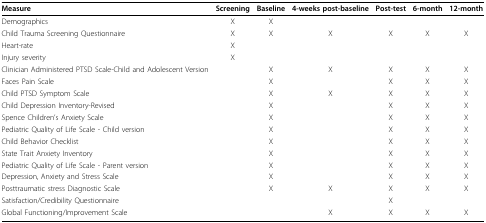
<table><thead><tr><td><b>Measure</b></td><td><b>Screening</b></td><td><b>Baseline</b></td><td><b>4-weeks post-baseline</b></td><td><b>Post-test</b></td><td><b>6-month</b></td><td><b>12-month</b></td></tr></thead><tbody><tr><td>Demographics</td><td>X</td><td>X</td><td></td><td></td><td></td><td></td></tr><tr><td>Child Trauma Screening Questionnaire</td><td>X</td><td>X</td><td>X</td><td>X</td><td>X</td><td>X</td></tr><tr><td>Heart-rate</td><td>X</td><td></td><td></td><td></td><td></td><td></td></tr><tr><td>Injury severity</td><td>X</td><td></td><td></td><td></td><td></td><td></td></tr><tr><td>Clinician Administered PTSD Scale-Child and Adolescent Version</td><td></td><td>X</td><td>X</td><td>X</td><td>X</td><td>X</td></tr><tr><td>Faces Pain Scale</td><td></td><td>X</td><td></td><td>X</td><td>X</td><td>X</td></tr><tr><td>Child PTSD Symptom Scale</td><td></td><td>X</td><td>X</td><td>X</td><td>X</td><td>X</td></tr><tr><td>Child Depression Inventory-Revised</td><td></td><td>X</td><td></td><td>X</td><td>X</td><td>X</td></tr><tr><td>Spence Children&#x27;s Anxiety Scale</td><td></td><td>X</td><td></td><td>X</td><td>X</td><td>X</td></tr><tr><td>Pediatric Quality of Life Scale - Child version</td><td></td><td>X</td><td></td><td>X</td><td>X</td><td>X</td></tr><tr><td>Child Behavior Checklist</td><td></td><td>X</td><td></td><td>X</td><td>X</td><td>X</td></tr><tr><td>State Trait Anxiety Inventory</td><td></td><td>X</td><td></td><td>X</td><td>X</td><td>X</td></tr><tr><td>Pediatric Quality of Life Scale - Parent version</td><td></td><td>X</td><td></td><td>X</td><td>X</td><td>X</td></tr><tr><td>Depression, Anxiety and Stress Scale</td><td></td><td>X</td><td></td><td>X</td><td>X</td><td>X</td></tr><tr><td>Posttraumatic stress Diagnostic Scale</td><td></td><td>X</td><td>X</td><td>X</td><td>X</td><td>X</td></tr><tr><td>Satisfaction/Credibility Questionnaire</td><td></td><td></td><td></td><td>X</td><td></td><td></td></tr><tr><td>Global Functioning/Improvement Scale</td><td></td><td></td><td>X</td><td>X</td><td>X</td><td>X</td></tr></tbody></table>